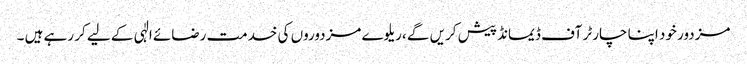
مزدور خود اپنا چارٹر آف ڈیمانڈ پیش کریں گے ،ریلوے مزدوروں کی خدمت رضائے الٰہی کے لیے کر رہے ہیں ۔